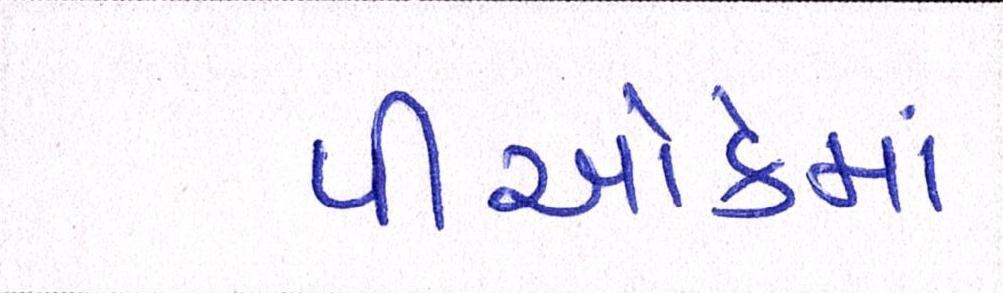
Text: પીઓકેમાં